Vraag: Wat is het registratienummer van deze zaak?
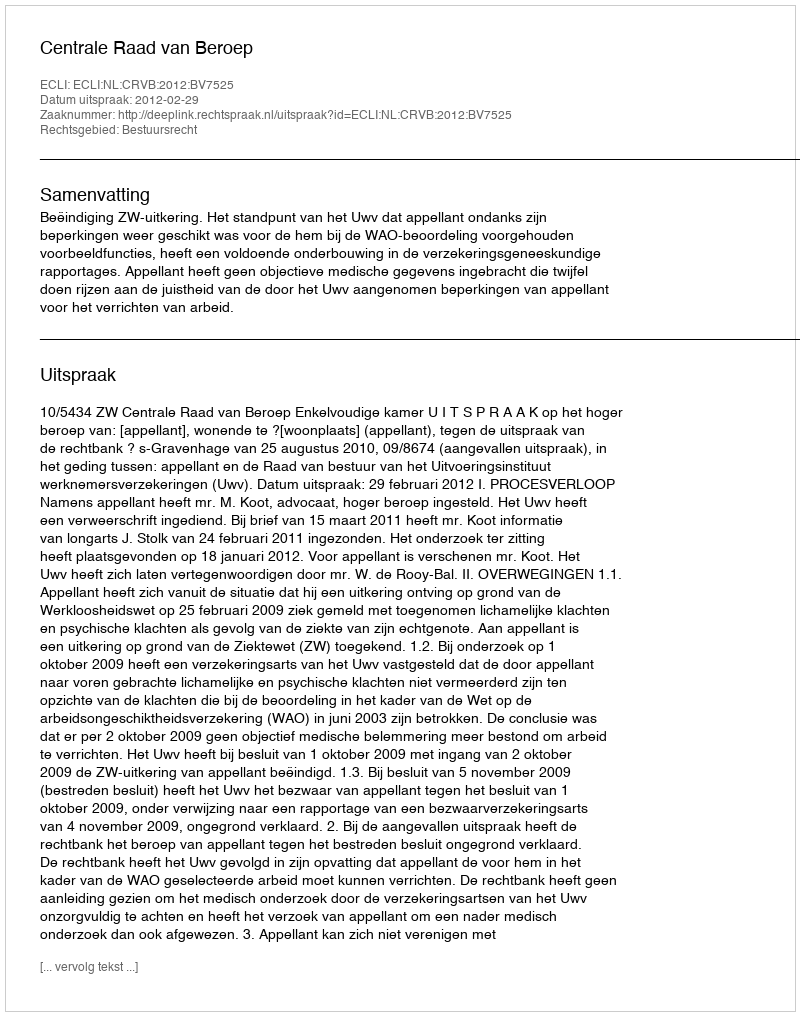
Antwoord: http://deeplink.rechtspraak.nl/uitspraak?id=ECLI:NL:CRVB:2012:BV7525